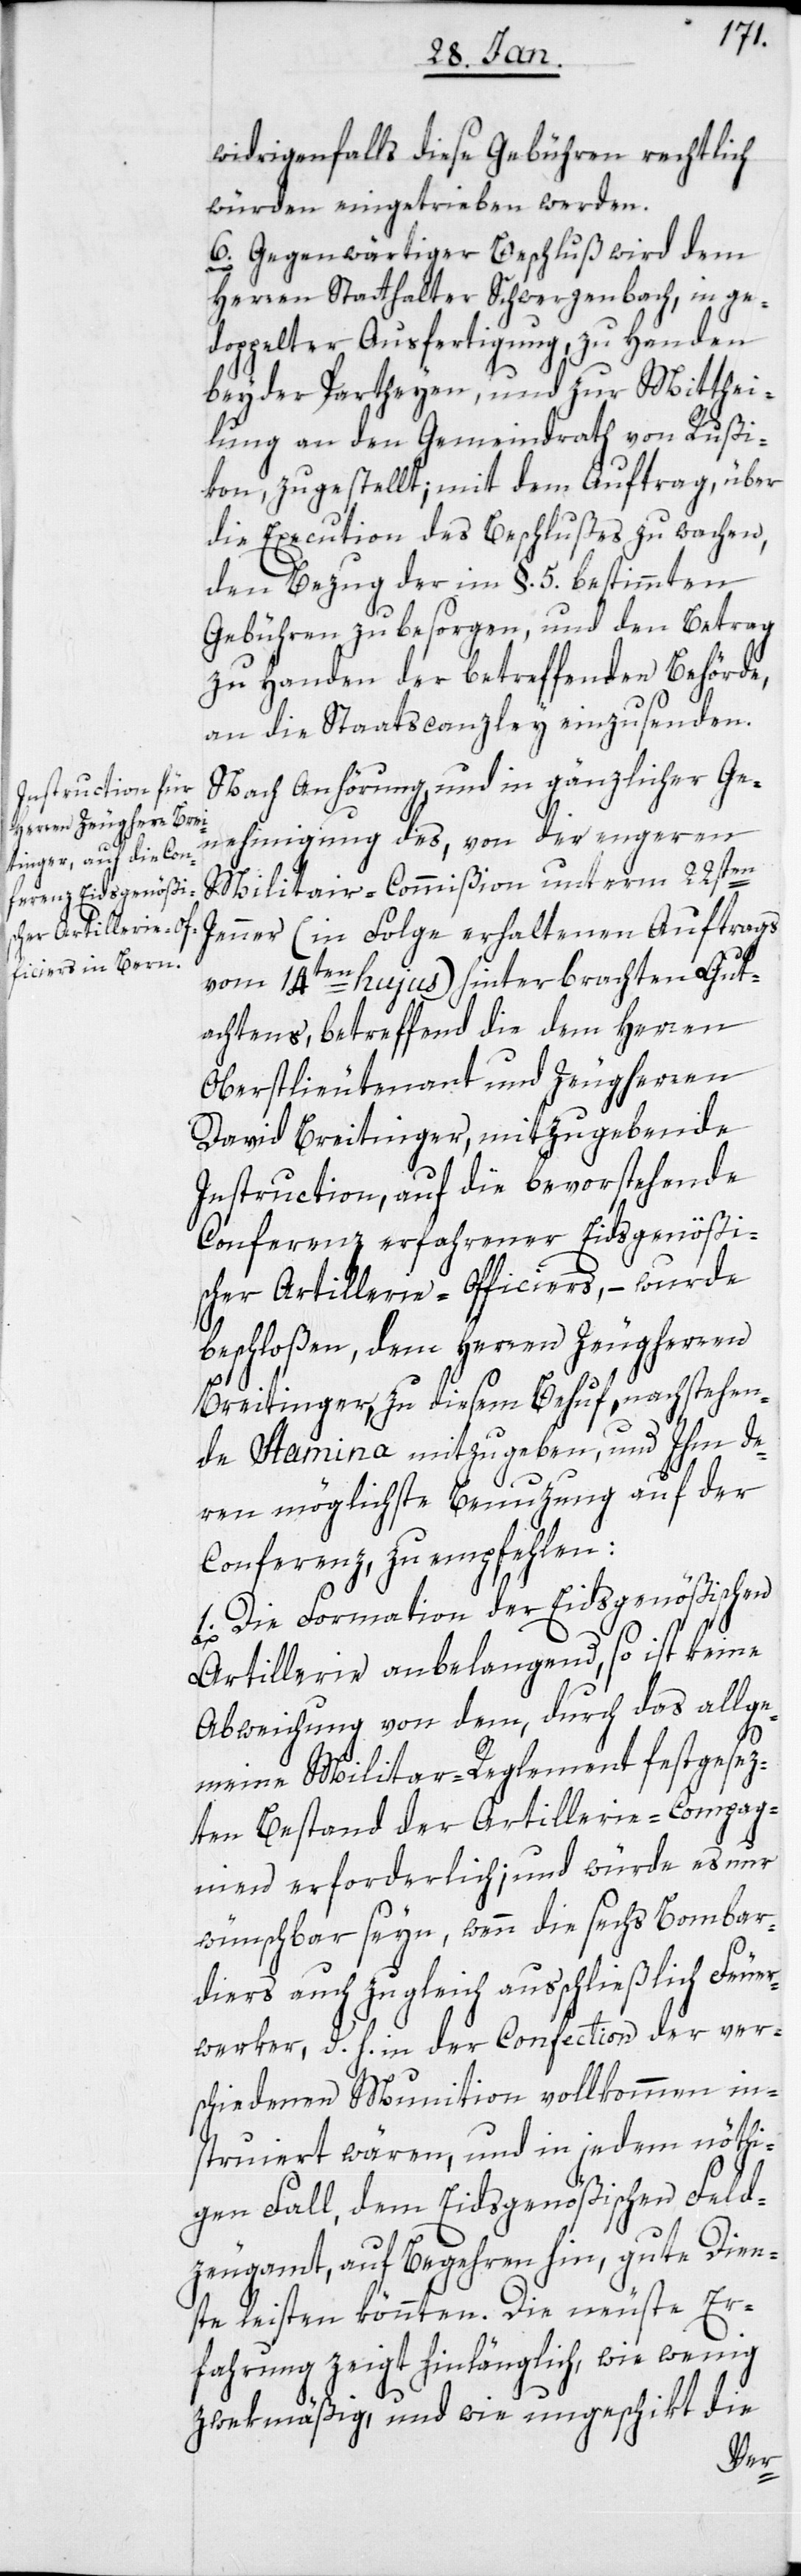
würden eingetrieben werden.
6. Gegenwärtiger Beschluß wird dem
Herren Statthalter Schwerzenbach, in ge¬
doppelter Ausfertigung, zu Handen
beyder Partheyen und zur Mitthei¬
lung an den Gemeindrath von Rußi¬
kon zugestellt; mit dem Auftrag, über
die Execution des Beschlußes zu wachen,
den Bezug der im §. 5. bestimmten
Gebühren zu besorgen, und den Betrag
zu Handen der betreffenden Behörde,
an die Staatscanzley einzusenden.
Nach Anhörung, und in gänzlicher Ge¬
nehmigung des, von der engeren
Militar-Commißion unterm 22sten
Jenner (in Folge erhaltenen Auftrags
vom 14ten hujus) hinterbrachten Gut¬
achtens, betreffend die dem Herren
Oberstlieutenant und Zeugherren
David Breitinger, mitzugebende
Instruction, auf die bevorstehende
Conferenz erfahrener Eidsgenößi¬
scher Artillerie-Officiers, – wurde
beschloßen, dem Herren Zeugherrn
Breitinger, zu diesem Behuf, nachstehen¬
de Stamina mitzugeben, und Ihm de¬
ren möglichste Benuzung auf der
Conferenz zu empfehlen:
1. Die Formation der Eidsgenößischen
Artillerie anbelangend, so ist keine
Abweichung von dem, durch das allge¬
meine Militar-Reglement festgesez¬
ten Bestand der Artillerie-Compag¬
nien erforderlich; und würde es nur
wünschbar seyn, wenn die sechs Bombar¬
diers auch zugleich ausschließlich Feuer¬
werker, d. h. in der Confection der ver¬
schiedenen Munition vollkommen in¬
struiert wären, und in jedem nöthi¬
gen Fall, dem Eidsgenößischen Feld¬
zeugamt, auf Begehren hin, gute Dien¬
ste leisten könnten. Die neuste Er¬
fahrung zeigt hinlänglich, wie wenig
die
zwekmäßig, und wie ungeschikt